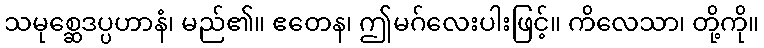
သမုစ္ဆေဒပ္ပဟာနံ၊ မည်၏။ ဧတေန၊ ဤမဂ်လေးပါးဖြင့်။ ကိလေသာ၊ တို့ကို။